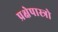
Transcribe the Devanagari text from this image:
प्रक्षेपास्त्रो